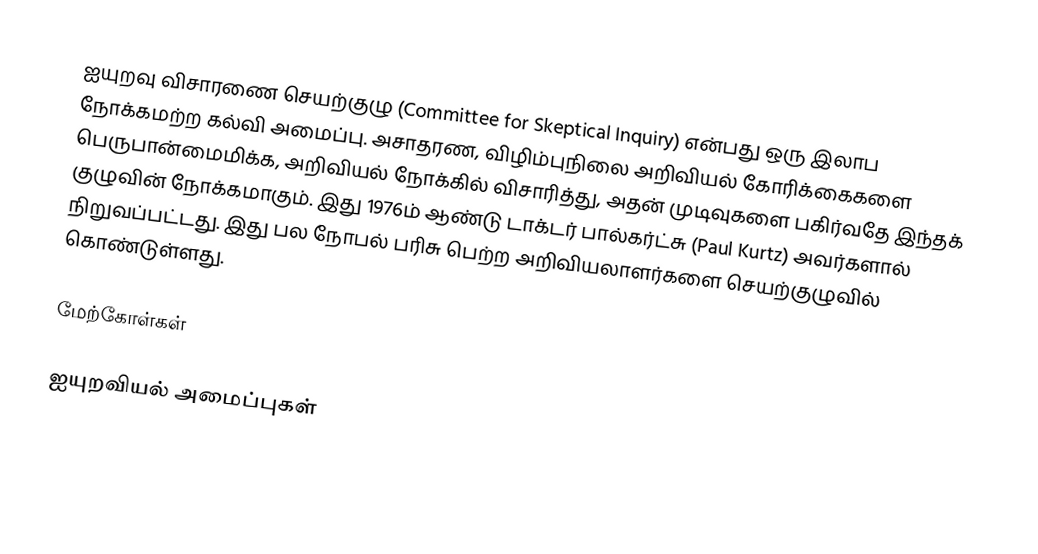
ஐயுறவு விசாரணை செயற்குழு (Committee for Skeptical Inquiry) என்பது ஒரு இலாப நோக்கமற்ற கல்வி அமைப்பு. அசாதரண, விழிம்புநிலை அறிவியல் கோரிக்கைகளை பெருபான்மைமிக்க, அறிவியல் நோக்கில் விசாரித்து, அதன் முடிவுகளை பகிர்வதே இந்தக் குழுவின் நோக்கமாகும். இது 1976ம் ஆண்டு டாக்டர் பால்கர்ட்சு (Paul Kurtz) அவர்களால் நிறுவப்பட்டது. இது பல நோபல் பரிசு பெற்ற அறிவியலாளர்களை செயற்குழுவில் கொண்டுள்ளது.

மேற்கோள்கள்

ஐயுறவியல் அமைப்புகள்